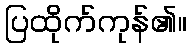
ပြထိုက်ကုန်၏။